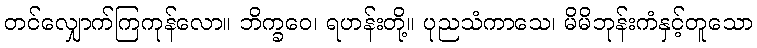
တင်လျှောက်ကြကုန်လော။ ဘိက္ခဝေ၊ ရဟန်းတို့။ ပုညသံကာသေ၊ မိမိဘုန်းကံနှင့်တူသော